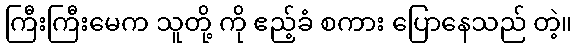
ကြီးကြီးမေက သူတို့ ကို ဧည့်ခံ စကား ပြောနေသည် တဲ့။